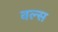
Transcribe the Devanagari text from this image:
वल्स